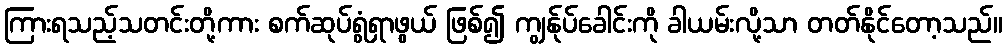
ကြားရသည့်သတင်းတို့ကား စက်ဆုပ်ရွံရှာဖွယ် ဖြစ်၍ ကျွန်ုပ်ခေါင်းကို ခါယမ်းလို့သာ တတ်နိုင်တော့သည်။